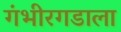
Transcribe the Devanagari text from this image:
गंभीरगडाला